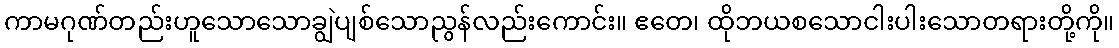
ကာမဂုဏ်တည်းဟူသောသောချွဲပျစ်သောညွန်လည်းကောင်း။ ဧတေ၊ ထိုဘယစသောငါးပါးသောတရားတို့ကို။